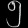
Digit: ၅